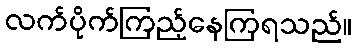
လက်ပိုက်ကြည့်နေကြရသည်။